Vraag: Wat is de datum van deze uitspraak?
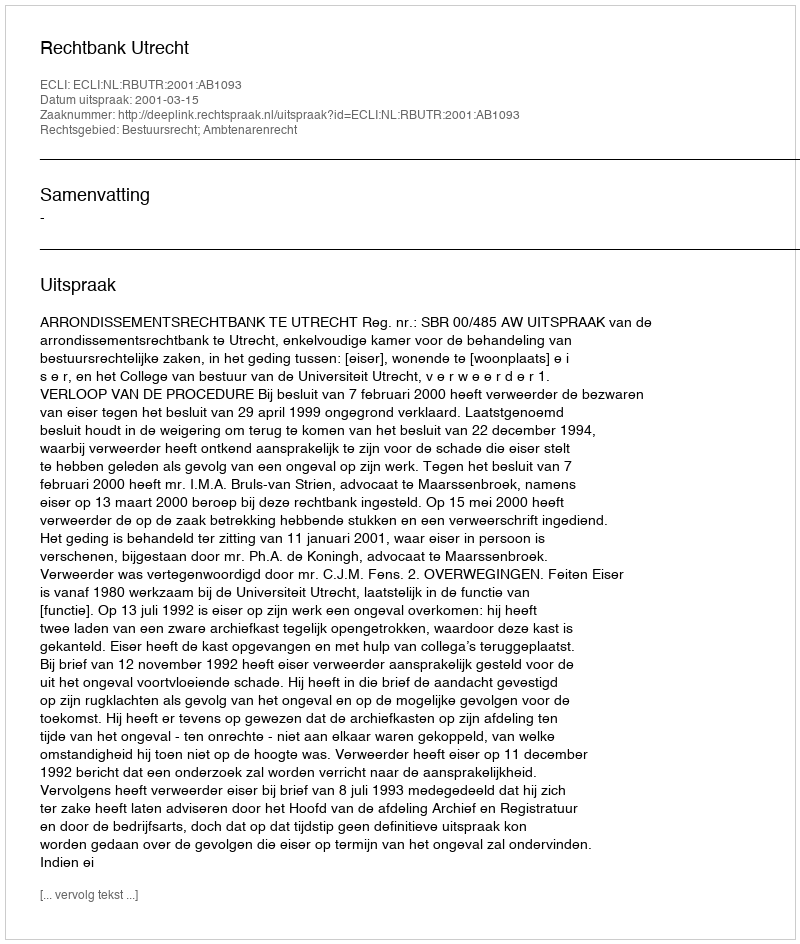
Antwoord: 2001-03-15